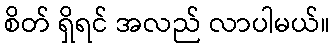
စိတ် ရှိရင် အလည် လာပါမယ်။